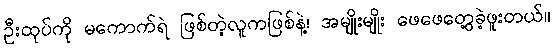
ဦးထုပ်ကို မကောက်ရဲ ဖြစ်တဲ့လူကဖြစ်နဲ့၊ အမျိုးမျိုး ဖေဖေတွေ့ခဲ့ဖူးတယ်။